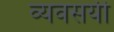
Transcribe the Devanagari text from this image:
व्यवसयी